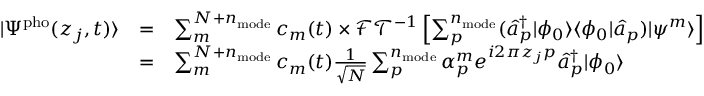
\begin{array} { c c l } { | \Psi ^ { \mathrm { p h o } } ( z _ { j } , t ) \rangle } & { = } & { \sum _ { m } ^ { N + n _ { \mathrm { m o d e } } } c _ { m } ( t ) \times \mathcal { F T } ^ { - 1 } \left[ \sum _ { p } ^ { n _ { \mathrm { m o d e } } } ( \hat { a } _ { p } ^ { \dagger } | \phi _ { 0 } \rangle \langle \phi _ { 0 } | \hat { a } _ { p } ) | \psi ^ { m } \rangle \right] } \\ & { = } & { \sum _ { m } ^ { N + n _ { \mathrm { m o d e } } } c _ { m } ( t ) \frac { 1 } { \sqrt N } \sum _ { p } ^ { n _ { \mathrm { m o d e } } } \alpha _ { p } ^ { m } e ^ { i 2 \pi z _ { j } p } \hat { a } _ { p } ^ { \dagger } | \phi _ { 0 } \rangle } \end{array}